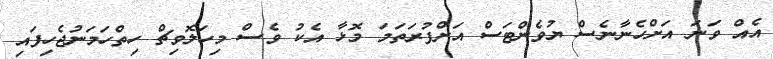
އެއް ވަނަ އަށްހެނާނެސް ޔުވެންޓަސް އަށްފުރަތަމަ މޮޅާ އެކު ވެސް މިހަލޮވިޗް ހިތްހަމަނުޖެހިފައި